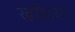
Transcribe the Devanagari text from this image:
खरीदके